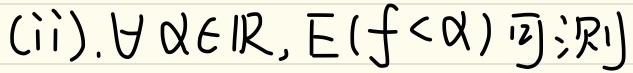
(ii). $\forall \alpha \in \mathbb{R}, E(f<\alpha)$可测